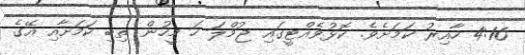
4:16 ހާއިރު ކަމަށެވެ. ކޮޅުވެއްޓީގައި ޖުމްލަ ހަ މީހުން ތިބި ކަމަށާއި އޭގެ